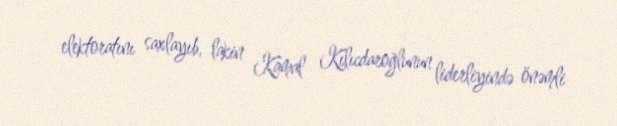
elektoratını saxlayıb, lakin Kamal Kılıcdaroğlunun liderliyində önəmli